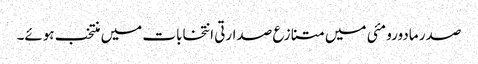
صدر مادورو مئی میں متنازع صدارتی انتخابات میں منتخب ہوئے۔